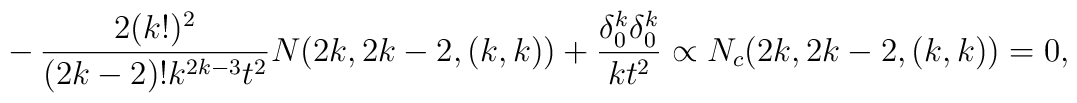
-\,{2 (k!)^2 \over (2k-2)! k^{2k-3} t^2} N(2k,2k-2,(k,k)) + 	{\delta^k_0\delta^k_0\over kt^2} \propto N_c(2k,2k-2, (k,k)) =0,